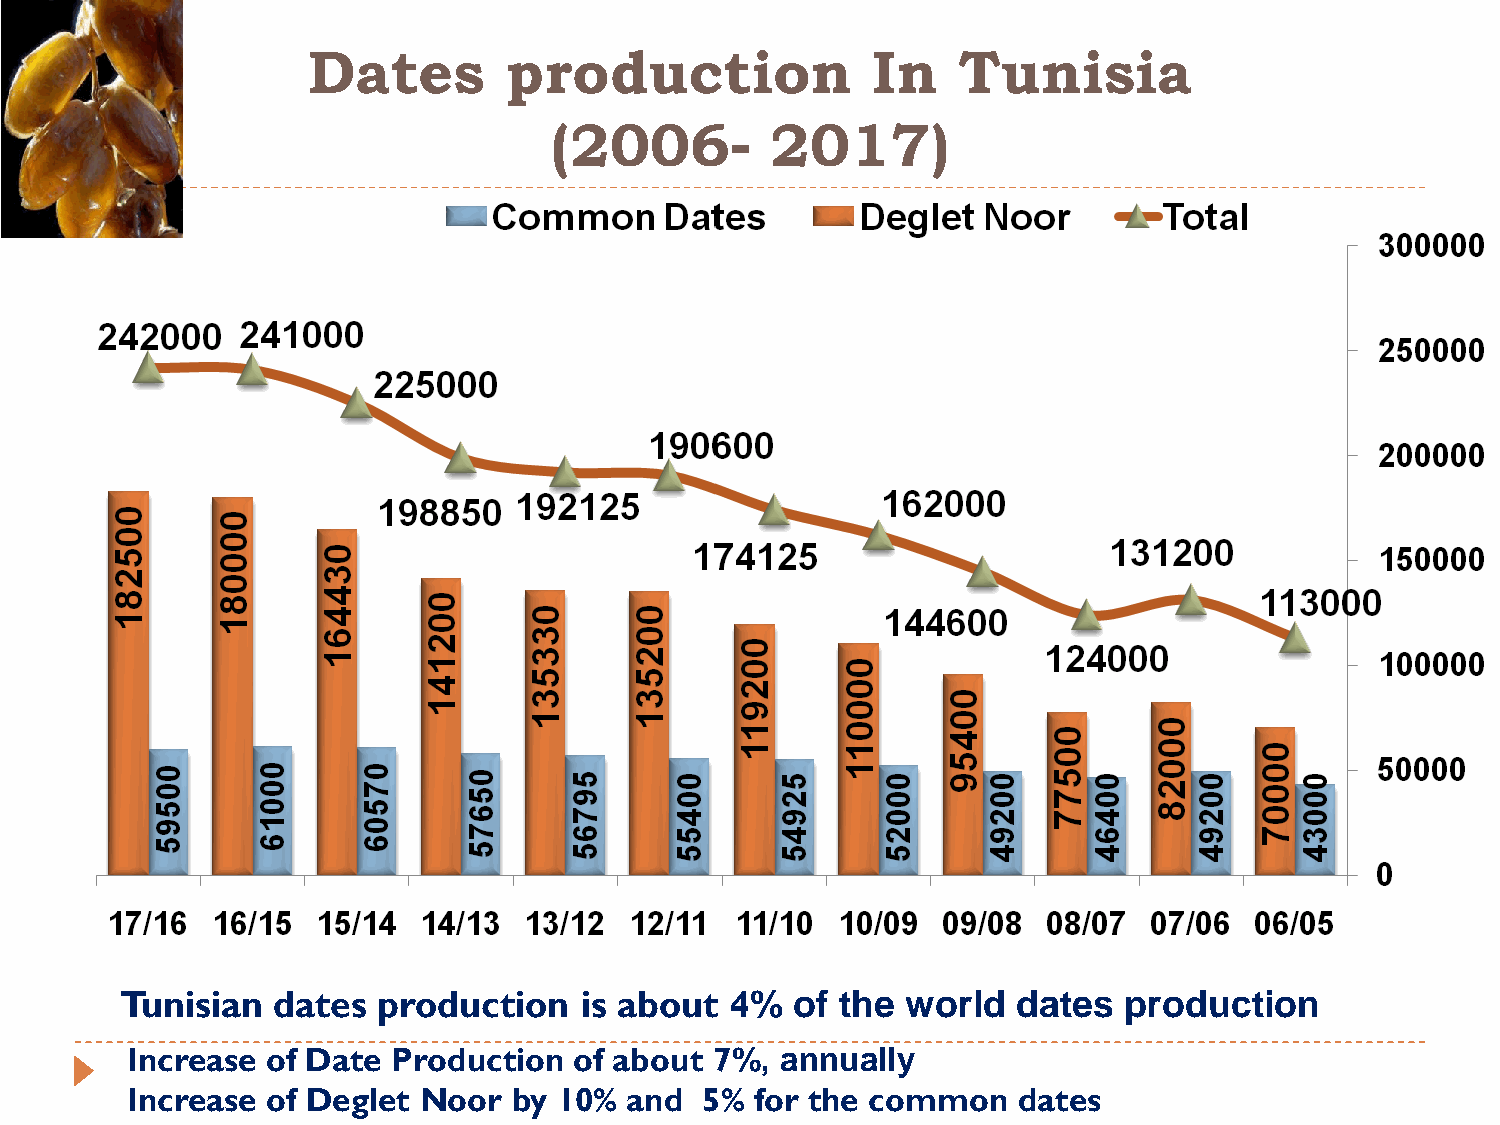
Dates        production               In   Tunisia
 (2006-         2017)
 Tunisian  dates  production   is about  4%   of the world  dates  production
 Increase  of Date Production  of about 7%,  annually
 Increase  of Deglet Noor  by 10% and   5% for the common   dates